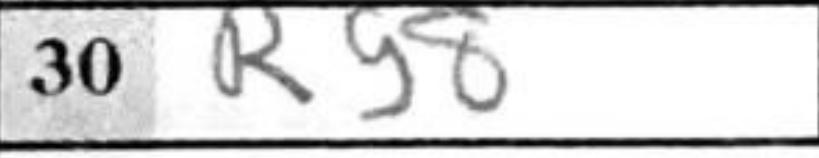
Transcription: Rg8